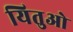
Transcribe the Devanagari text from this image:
यितुओ